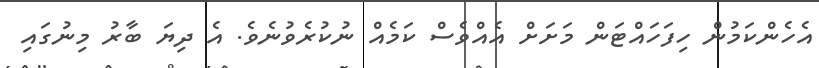
އެހެންކަމުން ހިފަހައްޓަން މަށަށް އެއްވެސް ކަމެއް ނުކުރެވުނެވެ. އެ ދިޔަ ބާރު މިނުގައި